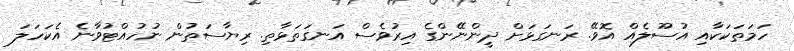
ހަމަތަކަކާއި އުސޫލެއް އޮވޭ. ރަނގަޅަށް ދީންނޭންގެ އިރުވެސް އަނގަތަޅާތި. ރިޔާސަތުން ނުހުއްޓުވާނެ އެކަހަލަ